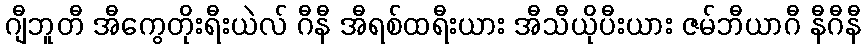
ဂျီဘူတီ အီကွေတိုးရီးယဲလ် ဂီနီ အီရစ်ထရီးယား အီသီယိုပီးယား ဇမ်ဘီယာဂီ နီဂီနီ